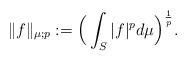
LaTeX: \begin{align*}\|f\|_{\mu;p}:= \Big(\int_{S} |f|^p d\mu \Big)^{\frac{1}{p}}.\end{align*}